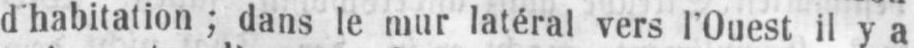
d’habitation; dans le mur latéral vers l’Ouest il y a